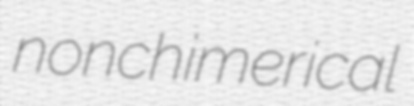
nonchimerical